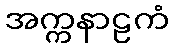
အက္ကနာဠကံ